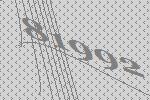
81992